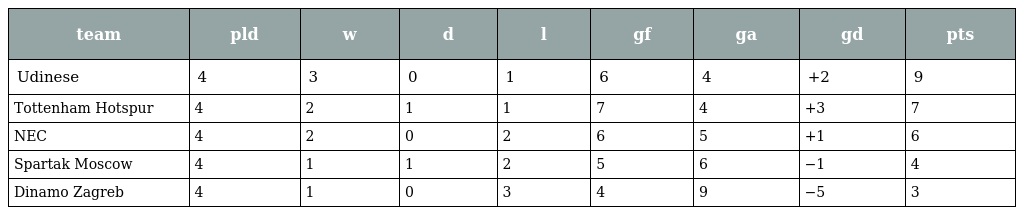
| team | pld | w | d | l | gf | ga | gd | pts |
 | --- | --- | --- | --- | --- | --- | --- | --- | --- |
 | Udinese | 4 | 3 | 0 | 1 | 6 | 4 | +2 | 9 |
 | Tottenham Hotspur | 4 | 2 | 1 | 1 | 7 | 4 | +3 | 7 |
 | NEC | 4 | 2 | 0 | 2 | 6 | 5 | +1 | 6 |
 | Spartak Moscow | 4 | 1 | 1 | 2 | 5 | 6 | −1 | 4 |
 | Dinamo Zagreb | 4 | 1 | 0 | 3 | 4 | 9 | −5 | 3 |